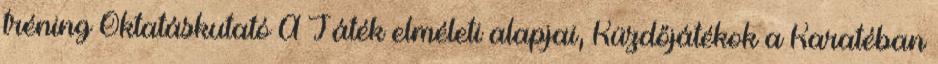
tréning Oktatáskutató A Játék elméleti alapjai, Küzdőjátékok a Karatéban